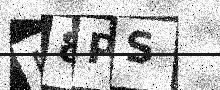
Text: N8PS